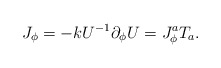
\begin{align*}J_{\phi} = -k U^{-1} \partial_{\phi}U = J^a_{\phi} T_a.\end{align*}